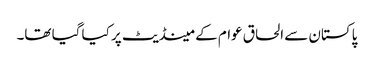
پاکستان سے الحاق عوام کے مینڈیٹ پر کیا گیا تھا۔